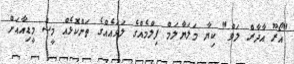
"އޯރޫ އާދާރް ލަވް" ކިޔާ މަލަޔާލަމް ފިލްމެއްގެ ލަވައެއްގެ ތަންކޮޅެއް މީސް މީޑިއާއަށް